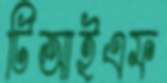
টিআইএফ